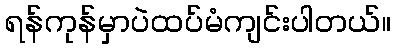
ရန်ကုန်မှာပဲထပ်မံကျင်းပါတယ်။